King Institute of Preventive Medicine Bacteriolog. Section reports 1907-08
Year: 1907
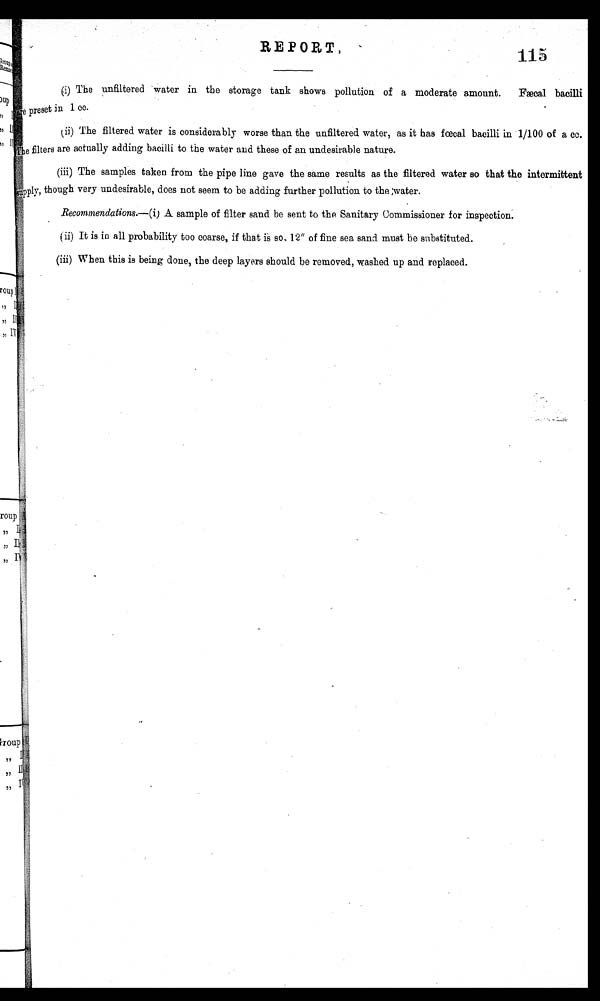
•
.
.
.
.
.
•
•
.
,
..
.
.
.
REPORT,
115
.
( i ) T h e U n f i l t e r e d w a t e r i n t h e s t o r r a g e t a n k s h o w s p o l l u t i o n s o f a m o d e r a t e r a m o u n t . F æ c a l b a c i l l i a r e
preset in 1 cc.
( i i ) T h e f i l t e r e d w a t e r i s c o n s i d e r a b l y w o r s e t h a n t h e u n f i l t e r e d w a t e r , a s i t h a s f œ c a l b a c i l i l i n 1 / 1 0 0 o f a c c .
.
ii) The filtered water is conside worserably worse than the unfiltered water, as it has faecal bacilli in 1/100 of a cc.
...
filters
hers are actually adding bacilli to the water and these of an undesirable nature.
(iii) The samples taken from the pipe line gave the same results as the filtered water so that the intermittent
a pply, though very undesirable, does not seem to be adding further pollution to the ;water.
Recommendations.—(i) A sample of filter sand be sent to the Sanitary Commissioner for inspection.
.
(ii) It is in all probability too coarse, if that is so, 12" of fine sea sand must be substituted.
(iii) When this is being done, the deep layers should be removed, washed up and replaced.